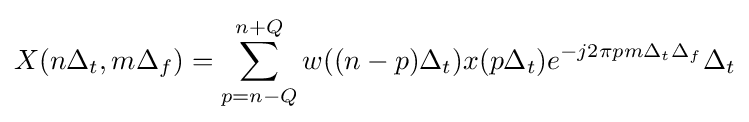
X(n\Delta _{t},m\Delta _{f})=\sum _{p=n-Q}^{n+Q}w((n-p)\Delta _{t})x(p\Delta _{t})e^{-j2\pi pm\Delta _{t}\Delta _{f}}\Delta _{t}